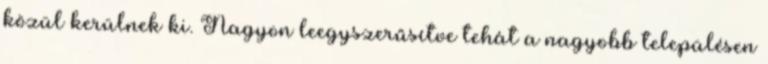
közül kerülnek ki. Nagyon leegyszerűsítve tehát a nagyobb településen